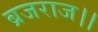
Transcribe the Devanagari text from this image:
ब्रजराज।।